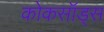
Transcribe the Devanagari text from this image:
कोकसॉड्स